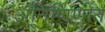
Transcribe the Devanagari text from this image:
अनिर्णिणीत